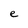
Character: e